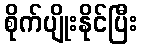
စိုက်ပျိုးနိုင်ပြီး